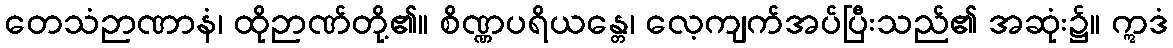
တေသံဉာဏာနံ၊ ထိုဉာဏ်တို့၏။ စိဏ္ဏပရိယန္တေ၊ လေ့ကျက်အပ်ပြီးသည်၏ အဆုံး၌။ ဣဒံ